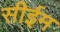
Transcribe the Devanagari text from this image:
सीईम